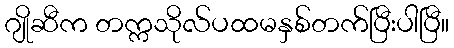
ဂျိုဆီက တက္ကသိုလ်ပထမနှစ်တက်ပြီးပါပြီ။